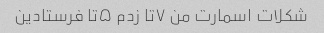
شکلات اسمارت من ۷تا زدم ۵تا فرستادین